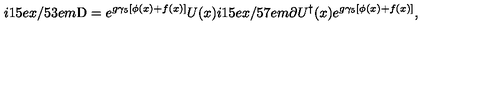
i \raise . 1 5 e x \mathrm { / } \kern - . 5 3 e m \mathrm { D } = e ^ { g \gamma _ { 5 } [ \phi ( x ) + f ( x ) ] } U ( x ) i \raise . 1 5 e x \mathrm { / } \kern - . 5 7 e m \mathrm { \partial } U ^ { \dagger } ( x ) e ^ { g \gamma _ { 5 } [ \phi ( x ) + f ( x ) ] } ,